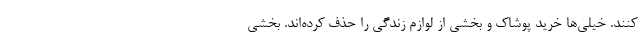
کنند. خیلی‌ها خرید پوشاک و بخشی از لوازم زندگی را حذف کرده‌‌اند. بخشی